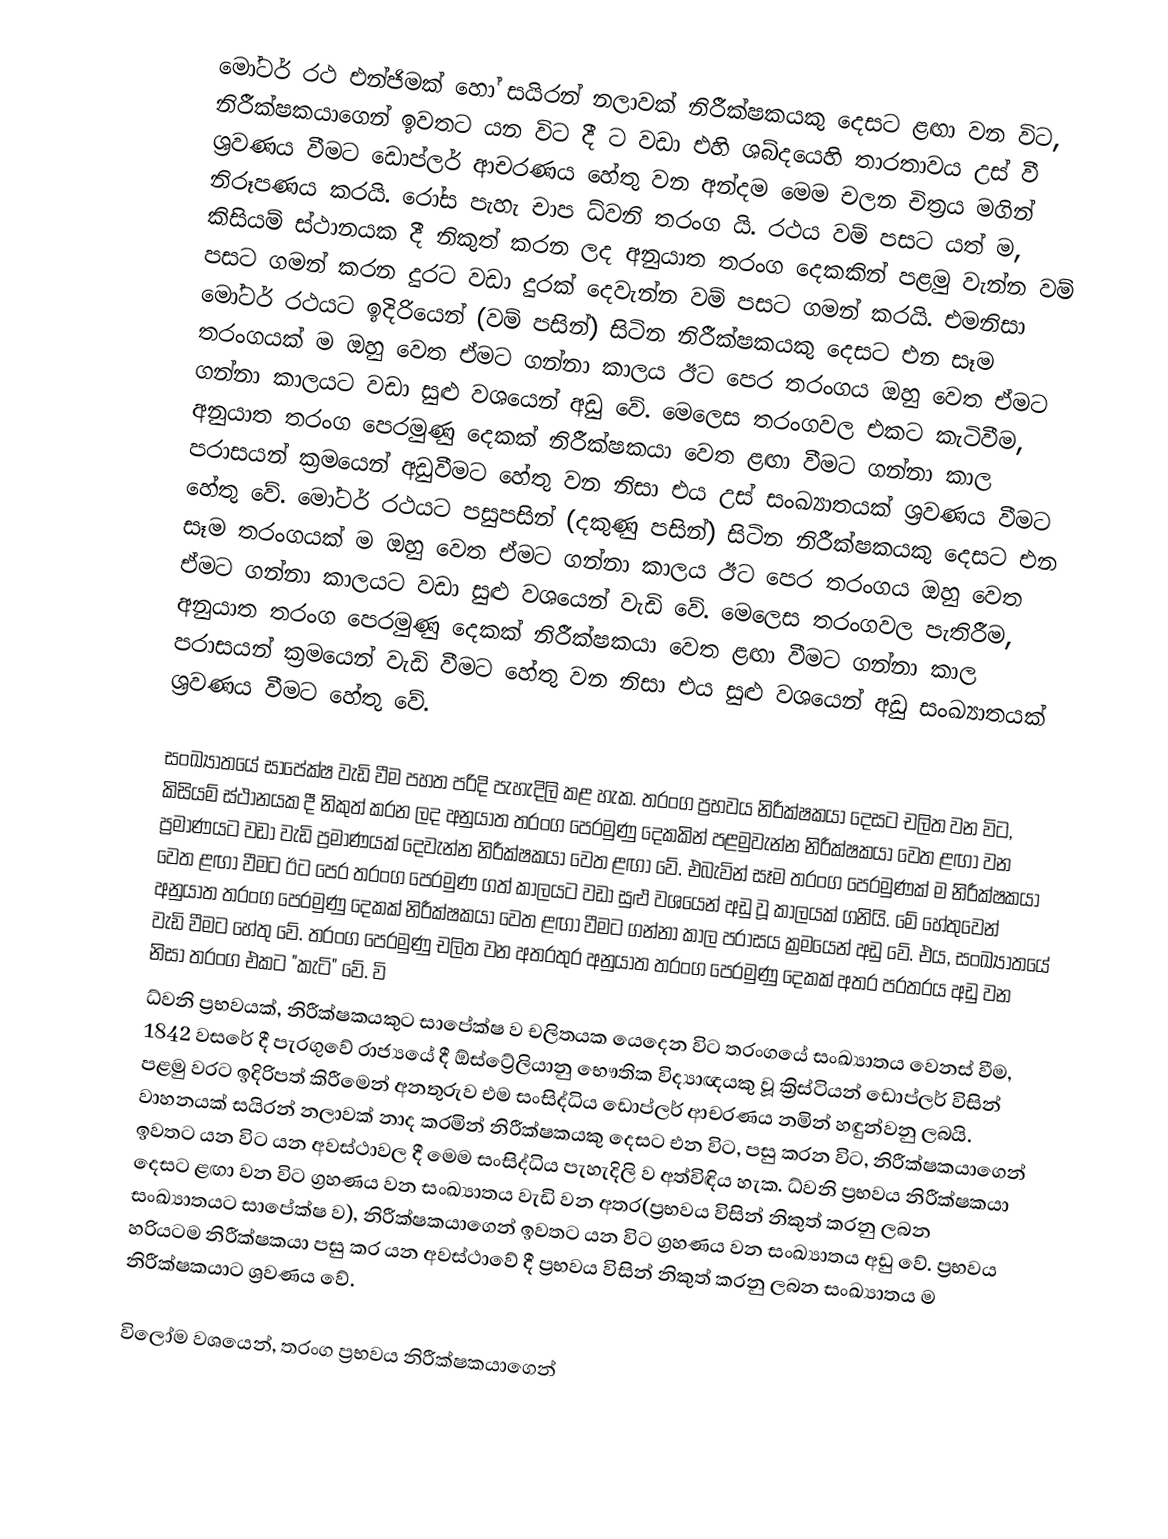
මෝටර් රථ එන්ජිමක් හෝ සයිරන් නලාවක් නිරීක්ෂකයකු දෙසට ළඟා වන විට, නිරීක්ෂකයාගෙන් ඉවතට යන විට දී ට වඩා එහි ශබ්දයෙහි තාරතාවය උස් වී ශ්‍රවණය වීමට ඩොප්ලර් ආචරණය හේතු වන අන්දම මෙම චලන චිත්‍රය මගින් නිරූපණය කරයි. රෝස පැහැ චාප ධ්වනි තරංග යි. රථය වම් පසට යත් ම, කිසියම් ස්ථානයක දී නිකුත් කරන ලද අනුයාත තරංග දෙකකින් පළමු වැන්න වම් පසට ගමන් කරන දුරට වඩා දුරක් දෙවැන්න වම් පසට ගමන් කරයි. එමනිසා මෝටර් රථයට ඉදිරියෙන් (වම් පසින්) සිටින නිරීක්ෂකයකු දෙසට එන සෑම තරංගයක් ම ඔහු වෙත ඒමට ගන්නා කාලය ඊට පෙර තරංගය ඔහු වෙත ඒමට ගන්නා කාලයට වඩා සුළු වශයෙන් අඩු වේ. මෙලෙස තරංගවල එකට කැටිවීම, ‍අනුයාත තරංග පෙරමුණු දෙකක් නිරීක්ෂකයා වෙත ළඟා වීමට ගන්නා කාල පරාසයන් ක්‍රමයෙන් අඩුවීමට හේතු වන නිසා එය උස් සංඛ්‍යාතයක් ශ්‍රවණය වීමට හේතු වේ. මෝටර් රථයට පසුපසින් (දකුණු පසින්) සිටින නිරීක්ෂකයකු දෙසට එන සෑම තරංගයක් ම ඔහු වෙත ඒමට ගන්නා කාලය ඊට පෙර තරංගය ඔහු වෙත ඒමට ගන්නා කාලයට වඩා සුළු වශයෙන් වැඩි වේ. මෙලෙස තරංගවල පැතිරීම, ‍අනුයාත තරංග පෙරමුණු දෙකක් නිරීක්ෂකයා වෙත ළඟා වීමට ගන්නා කාල පරාසයන් ක්‍රමයෙන් වැඩි වීමට හේතු වන නිසා එය සුළු වශයෙන් අඩු සංඛ්‍යාතයක් ශ්‍රවණය වීමට හේතු වේ.

සංඛ්‍යාතයේ සාපේක්ෂ වැඩි වීම පහත පරිදි පැහැදිලි කළ හැක. තරංග ප්‍රභවය නිරීක්ෂකයා දෙසට චලිත වන විට, කිසියම් ස්ථානයක දී නිකුත් කරන ලද අනුයාත තරංග පෙරමුණු දෙකකින් පළමුවැන්න නිරීක්ෂකයා වෙත ළඟා වන ප්‍රමාණයට වඩා වැඩි ප්‍රමාණයක් දෙවැන්න නිරීක්ෂකයා වෙත ළඟා වේ. එබැවින් සෑම තරංග පෙරමුණක් ම නිරීක්ෂකයා වෙත ළඟා වීමට ඊට පෙර තරංග පෙරමුණ ගත් කාලයට වඩා සුළු වශයෙන් අඩු වූ කාලයක් ගනියි. මේ හේතුවෙන් අනුයාත තරංග පෙරමුණු දෙකක් නිරීක්ෂකයා වෙත ළඟා වීමට ගන්නා කාල පරාසය ක්‍රමයෙන් අඩු වේ. එය, සංඛ්‍යාතයේ වැඩි වීමට හේතු වේ. තරංග පෙරමුණු චලිත වන අතරතුර අනුයාත තරංග පෙරමුණු දෙකක් අතර පරතරය අඩු වන නිසා තරංග එකට "කැටි" වේ. වි
ධ්වනි ප්‍රභවයක්, නිරීක්ෂකයකුට සාපේක්ෂ ව චලිතයක යෙදෙන විට තරංගයේ සංඛ්‍යාතය වෙනස් වීම, 1842 වසරේ දී පැරගුවේ රාජ්‍යයේ දී ඕස්ට්‍රේලියානු භෞතික විද්‍යාඥයකු වූ ක්‍රිස්ටියන් ඩොප්ලර් විසින් පළමු වරට ඉදිරිපත් කිරීමෙන් අනතුරුව එම සංසිද්ධිය ඩොප්ලර් ආචරණය නමින් හඳුන්වනු ලබයි. වාහනයක් සයිරන් නලාවක් නාද කරමින් නිරීක්ෂකයකු දෙසට එන විට, පසු කරන විට, නිරීක්ෂකයාගෙන් ඉවතට යන විට යන අවස්ථාවල දී මෙම සංසිද්ධිය පැහැදිලි ව අත්විඳිය හැක. ධ්වනි ප්‍රභවය නිරීක්ෂකයා දෙසට ළඟා වන විට ග්‍රහණය වන සංඛ්‍යාතය වැඩි වන අතර(ප්‍රභවය විසින් නිකුත් කරනු ලබන සංඛ්‍යාතයට සාපේක්ෂ ව), නිරීක්ෂකයාගෙන් ඉවතට යන විට ග්‍රහණය වන සංඛ්‍යාතය අඩු වේ. ප්‍රභවය හරියටම නිරීක්ෂකයා පසු කර යන අවස්ථාවේ දී ප්‍රභවය විසින් නිකුත් කරනු ලබන සංඛ්‍යාතය ම නිරීක්ෂකයාට ශ්‍රවණය වේ.

විලෝම වශයෙන්, තරංග ප්‍රභවය නිරීක්ෂකයාගෙන්